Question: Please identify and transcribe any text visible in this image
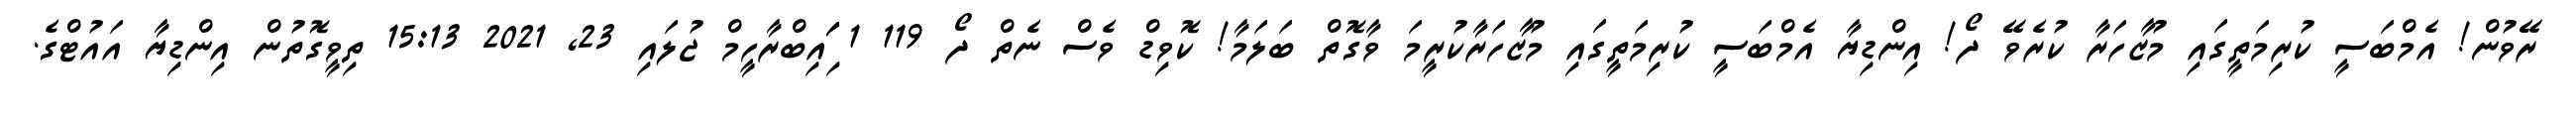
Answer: ރޭވުން! އެމްބަސީ ކުރިމަތީގައި މުޒާހަރާ ކުރެވޭ ދޯ! އިންޑިޔާ އެމްބަސީ ކުރިމަތީގައި މުޒާހަރާކުރީމަ ވާގޮތް ބަލަމާ! ކޮވިޑް ވެސް ނެތް ދޯ 119 1 ަިަަައިބްރާހީމް ޖުލައި 23, 2021 15:13 ތިވީގޮތުން އިންޑިޔާ އައުޓްގެ.